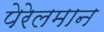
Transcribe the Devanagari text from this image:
पेरेलमान